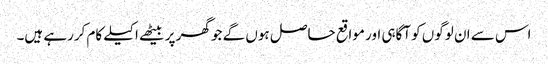
اس سے ان لوگوں کو آگاہی اور مواقع حاصل ہوں گے جو گھر پر بیٹھے اکیلے کام کررہے ہیں۔